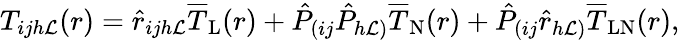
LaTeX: T_{ijh\mathcal{L}}(r)=\hat{{r}}_{ijh\mathcal{L}}\overline{{{T}}}_{\mathrm{{L}}}(r)+\hat{{P}}_{(ij}\hat{{P}}_{h\mathcal{L})}\overline{{{T}}}_{\mathrm{{N}}}(r)+\hat{{P}}_{(ij}\hat{{r}}_{h\mathcal{L})}\overline{{{T}}}_{\mathrm{{LN}}}(r),